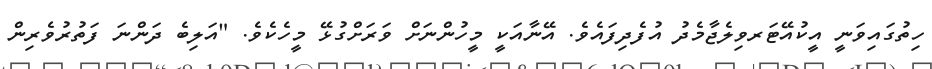
ހިތުގައިވަނީ އީކުއޭޓަރވިލެޖާމެދު އުފެދިފައެވެ. އޭނާއަކީ މީހުންނަށް ވަރަށްގުޅޭ މީހެކެވެ. "އަލިބެ ދަންނަ ފަތުރުވެރިން